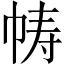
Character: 帱